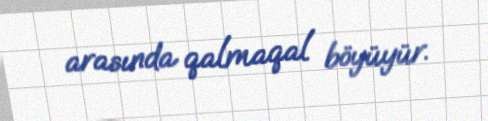
arasında qalmaqal böyüyür.